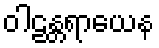
ဝါဠန္တရာယေန